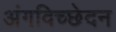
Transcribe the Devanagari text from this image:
अंगविच्छेदन